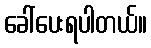
ခေါ်ပေးရပါတယ်။